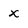
Character: x